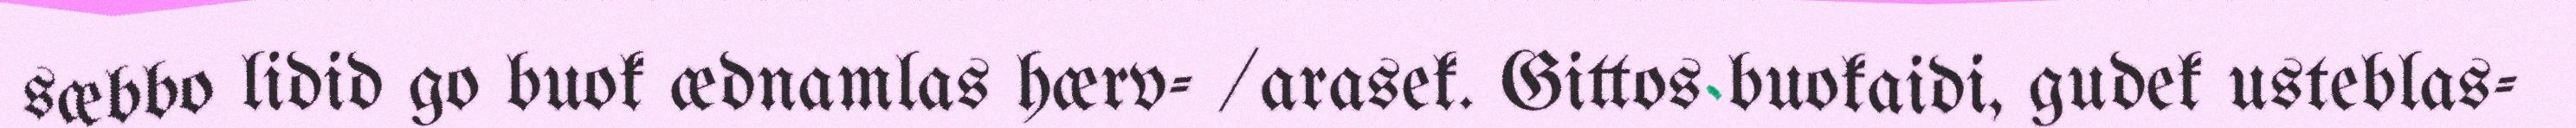
sæbbo lidid go buok ædnamlas hærv- /arasek. Gittos buokaidi, gudek usteblas-